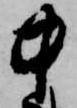
中